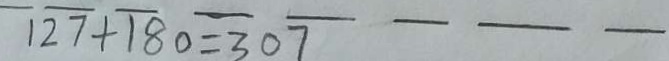
1 2 7 + 1 8 0 = 3 0 7